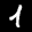
Label: 1